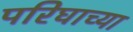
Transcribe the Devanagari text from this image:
परिघाच्या